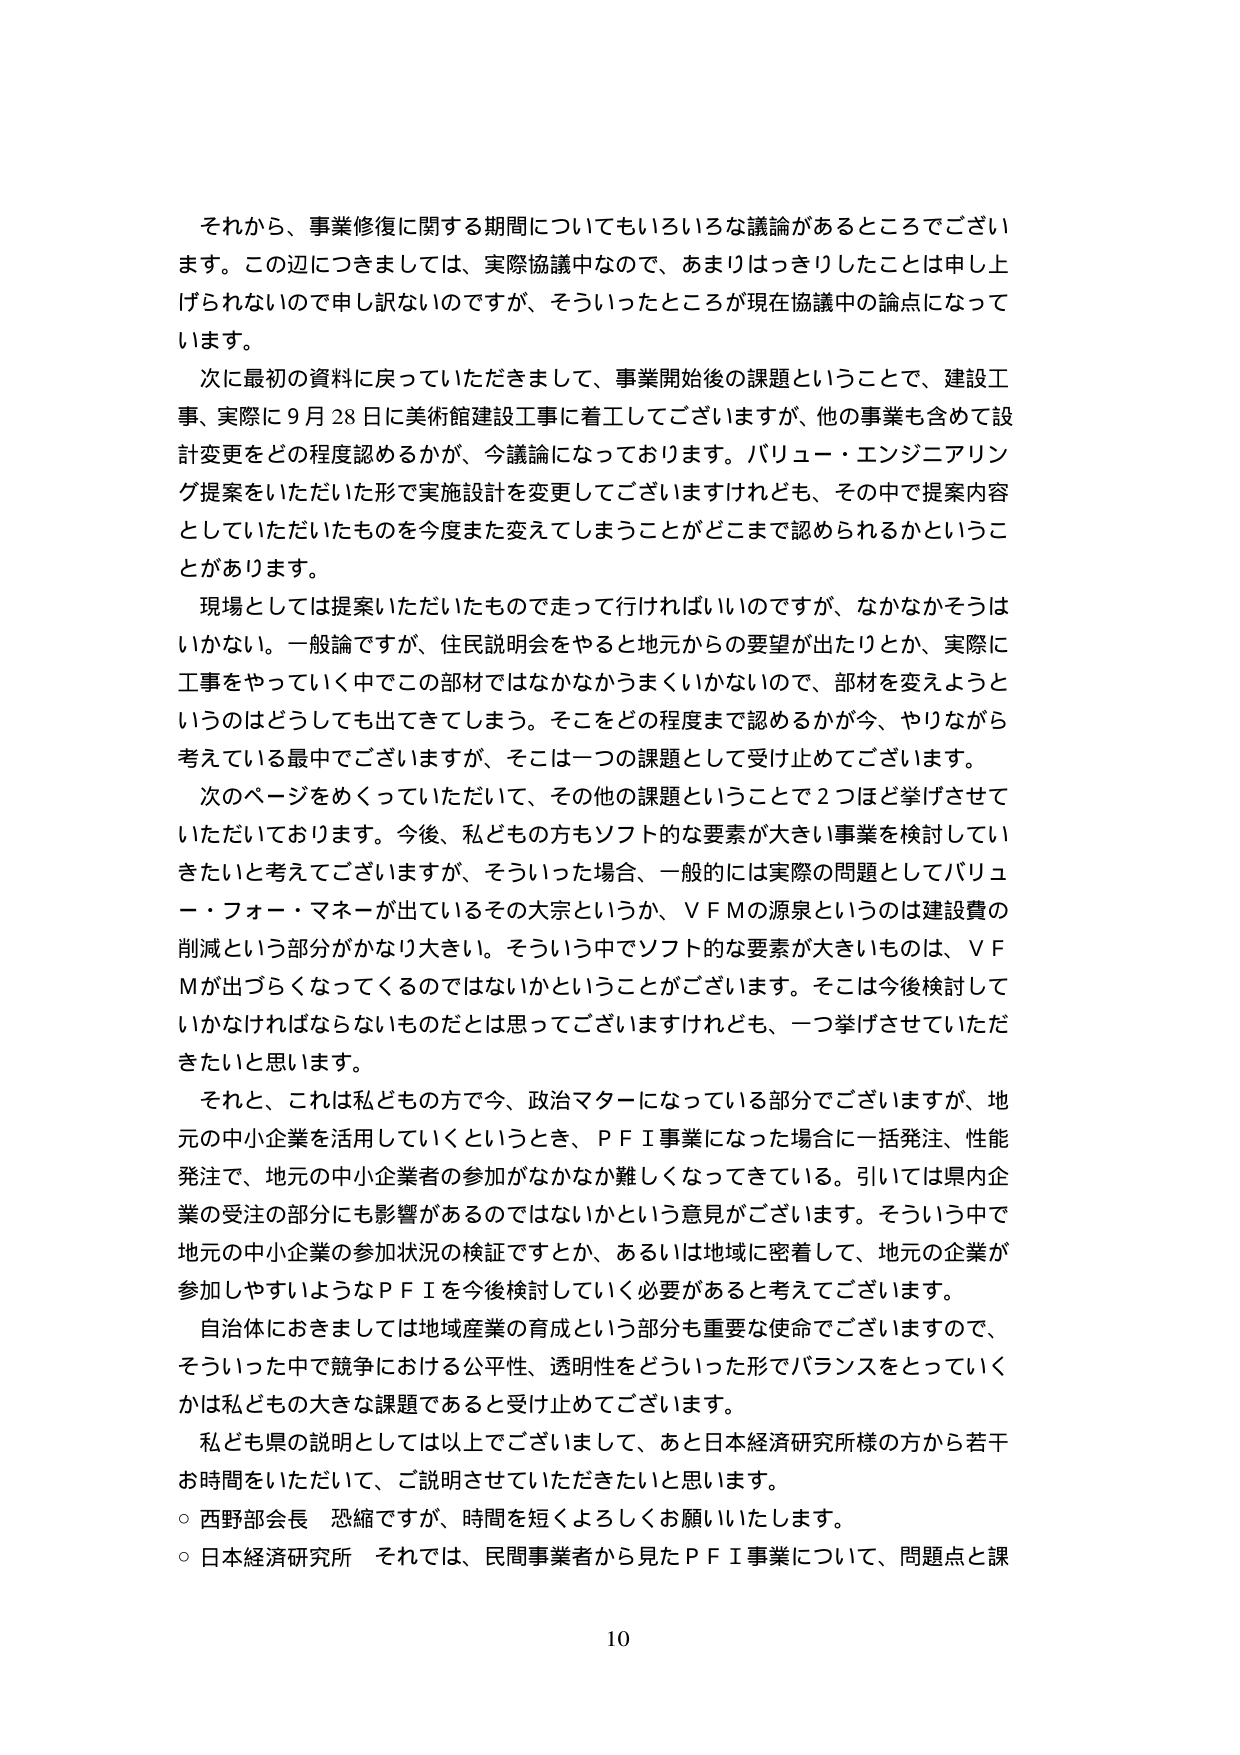
それから、事業修復に関する期間についてもいろいろな議論があるところでございます。この辺につきましては、実際協議中なので、あまりはっきりしたことは申し上げられないのですし誤ないのですが、そういったところが現在協議中の論点になっていきます。

次に最初の資料に戻っていただきまして、事業開始後の課題ということで、建設工事、実際に９月28日に美術館建設工事に着工してございますが、他の事業も含めて設計変更をどの程度認めるかが、今議論になっております。バリュー・エンジニアリング提案をいただいた形で実施設計を変更してございますけれども、その中で提案内容としていただいたものを今度また変えてしまうことがどこまで認められるかということがあります。

現場としては提案いただいたもので走って行ければいいのですが、なかなかそうはいかない。一般論ですが、住民説明会をやると地元からの要望が出たりとか、実際に工事をやっていく中でこの部材ではなかなかうまくいかないので、部材を変えようというのはどうしても出てきてしまう。そこをどの程度まで認めるかが今、やりながら考えている最中でございますが、そこは一つの課題として受け止めてございます。

次のページをめくっていただいて、その他の課題ということで２つほど挙げさせていただいております。今後、私どもの方もソフト的な要素が大きい事業を検討していきたいと考えてございますが、そういった場合、一般的には実際の問題としてバリュー・フォー・マネーが出ているその大宗というか、ＶＦＭの源泉というのは建設費の削減という部分がかなり大きい。そういう中でソフト的な要素が大きいものは、ＶＦＭが出づらくなってくるのではないかということがございます。そこは今後検討していかなければならないものだとは思ってございますけれども、一つ挙げさせていただきたいと思います。

それと、これは私どもの方で今、政治マターになっている部分でございますが、地元の中小企業を活用していくというとき、ＰＦＩ事業になった場合に一括発注、性能発注で、地元の中小企業者の参加がなかなか難しくなってきている。引いては県内企業の受注の部分にも影響があるのではないかという意見がございます。そういう中で地元の中小企業の参加状況の検証ですとか、あるいは地域に密着して、地元の企業が参加しやすいようなＰＦＩを今後検討していく必要があると考えております。

自治体におきましては地域産業の育成という部分も重要な使命でございますので、そういった中で競争における公平性、透明性をどういった形でバランスをとっていくかは私どもの大きな課題であると受け止めてございます。

私ども県の説明としては以上でございまして、あと日本経済研究所様の方から若干お時間をいただいて、ご説明させていただきたいと思います。

○ 西野部会長 恐縮ですが、時間を短くよろしくお願いいたします。

○ 日本経済研究所 それでは、民間事業者から見たＰＦＩ事業について、問題点と課

10